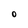
Character: O